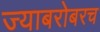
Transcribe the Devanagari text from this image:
ज्याबरोबरच